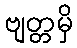
ဗျတ္တမှိ